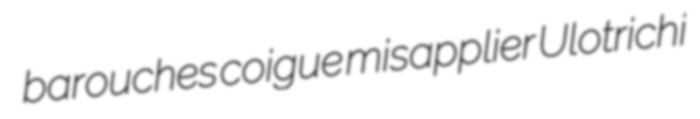
barouches coigue misapplier Ulotrichi